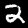
Label: 2